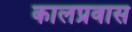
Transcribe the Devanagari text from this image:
कालप्रवास